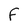
Character: F